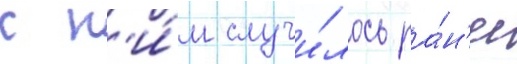
с н'и́м случи́лось ра́н'ее